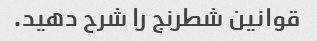
قوانین شطرنج را شرح دهید.